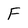
Character: f